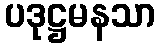
ပဒုဋ္ဌမနသာ